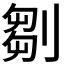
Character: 𠞃